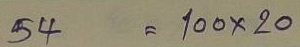
54 = 100x20